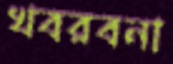
খবরবনা